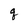
Character: q